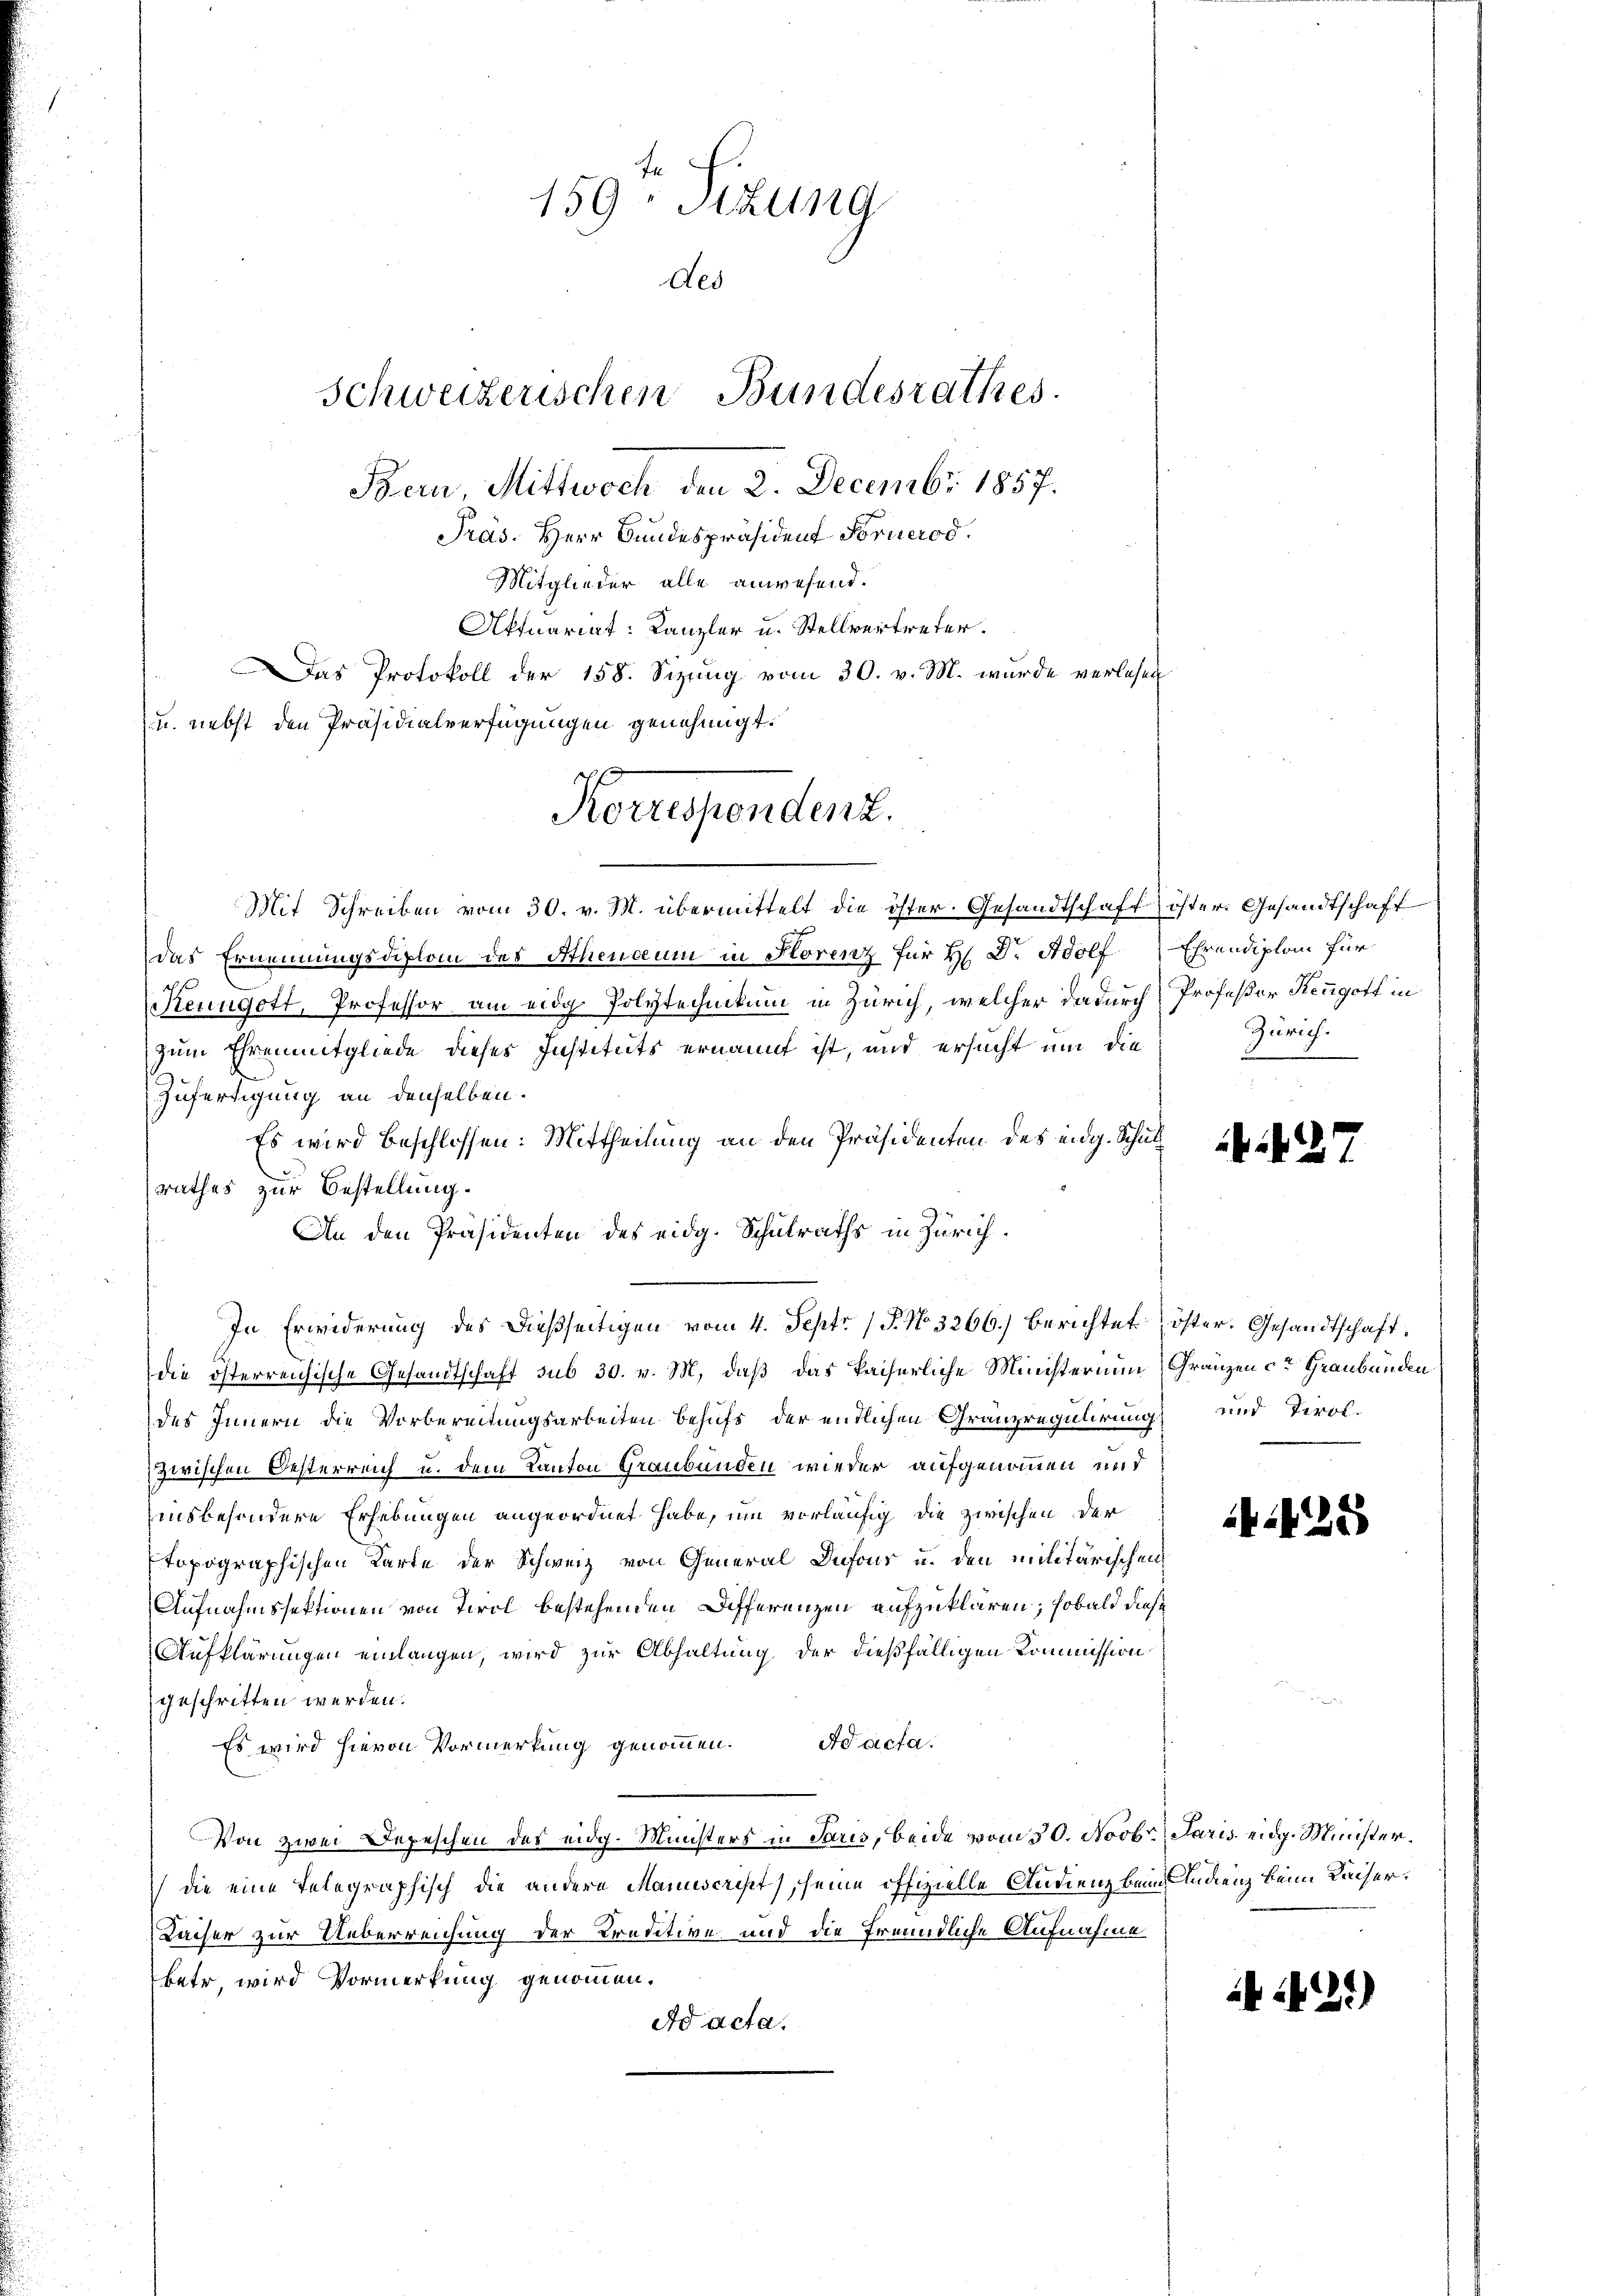
F
159: Sizung
des
Bern, Mittwoch den 2. Decembr 1857.
Präs. Herr Bundespräsident Fornerod.
Mitglieder alle anwesend.
Aktuariat: Kanzler u. Stellvertreter.
as Protokoll der 158. Sizung vom 30. v. M. wurde verlesen
u. nebst den Präsidialverfügungen genehmigt.

Schweizerischen Bundesrathes.

Korrespendenz.

Mit Schreiben vom 30. v. M. übermittelt die öster. Gesandtschaft öster Gesandtschaft
das Ernennungsdiplom des Athendum in Florenz für H. Dr. Adolf Ehrendiplan für
s
Reungott, Professor am eidg. Polytechnikum in Zürich, welcher dadurch Professor Rengott in
zum Ehrenmitgliede dieses Instituts ernannt ist, und ersucht um die
Zufertigung an denselben.
Es wird beschlossen: Mittheilung an den Präsidenten des eidg. Schul
rathes zur Bestellung.
An den Präsidenten des eidg. Schulraths in Zürich.
In Erwiderung des dießseitigen vom 4. Sept. 15. No. 3266) berichtet öster. Gesandtschaft.
die österreichische Gesandtschaft sub 30. v. M. daß das kaiserliche Ministerium, Gränzen ca Graubünden
des Innern die Vorbereitungsarbeiten behufs der entlichen Gränzregulirung und Terolzwischen Oesterreich u. dem Kanton Graubünden wieder aufgenommen und
insbesondere Erhebungen angeordnet habe, um vorläufig die zwischen der
topographischen Karte der Schweiz von General Dufour u. den militärischen
Aufnahmssektionen von Tirol bestehenden Differenzen aufzuklären; sobald diese
Aufklärungen einlangen, wird zur Abhaltung der dießfälligen Kommission
geschritten werden.
Es wird hievon Vormerkung genommen. Ad acta.
Von zwei Depeschen des eidg. Ministers in Paris, beide vom 30. Novbr. Jaris eidg. Minister.
die eine Telegraphisch die andere Manuscript, seine offizielle Audienz beim Andenz beim Kaiser.
Kaiser zur Ueberreichung der Kreditive und die freundliche Aufnahme
betr, wird Vormerkung genommen.
Ad acta.

Zürich.

27

.425

141)